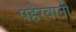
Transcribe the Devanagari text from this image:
पहेरवानी